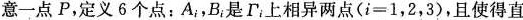
意一点P，定义6个点：A _{i}B _{i}是Γ_{i}上相异两点($$i = 1 ， 2 ， 3$$)，且使得直